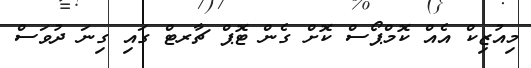
މިއުޒިކް އެއް ކޮމްޕޯސް ކޮށް ގެން ޓޮޕް ޗާރޓް ގައި ގިނަ ދުވަސް